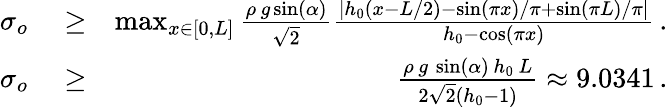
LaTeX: \begin{array}{rlr}{\sigma_{o}}&{{}\ge}&{\operatorname*{max}_{x\in[0,L]}\frac{{\rho}\, g\sin(\alpha)}{\sqrt{2}}\frac{\left|h_{0}\left(x-L/2\right)-\sin(\pi x)/\pi+\sin(\pi L)/\pi\right|}{h_{0}-\cos(\pi x)}\, .}\\ {\sigma_{o}}&{{}\ge}&{\frac{{\rho}\, g\, \sin(\alpha)\, h_{0}\, L}{2\sqrt{2}(h_{0}-1)}\approx 9.0341\, .}\end{array}